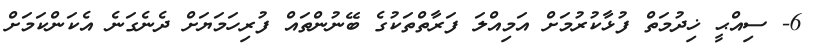
6- ސިއްޙީ ޚިދުމަތް ފުޅާކުރުމަށް އަމިއްލަ ފަރާތްތަކުގެ ބޭނުންތައް ފުރިހަމަޔަށް ދެނެގަނެ އެކަންކަމަށް